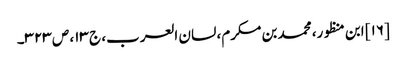
[۱۶] ابن منظور، محمد بن مکرم، لسان العرب، ج ۱۳، ص ۳۲۳۔